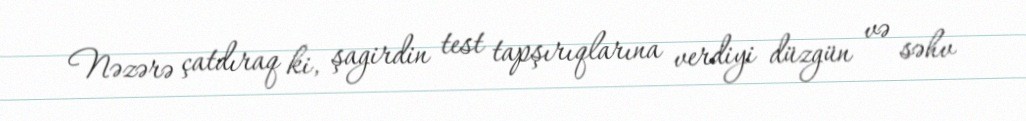
Nəzərə çatdıraq ki, şagirdin test tapşırıqlarına verdiyi düzgün və səhv